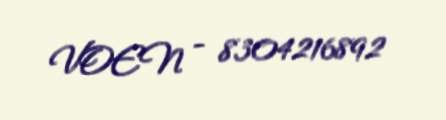
VOEN - 8304216892